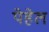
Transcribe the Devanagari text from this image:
पेहेल